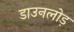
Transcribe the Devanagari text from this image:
डाउनलोड़